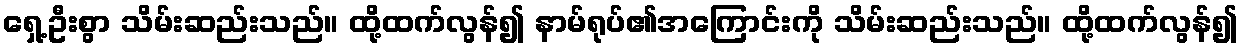
ရှေ့ဦးစွာ သိမ်းဆည်းသည်။ ထို့ထက်လွန်၍ နာမ်ရုပ်၏အကြောင်းကို သိမ်းဆည်းသည်။ ထို့ထက်လွန်၍